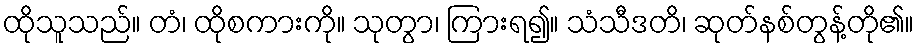
ထိုသူသည်။ တံ၊ ထိုစကားကို။ သုတွာ၊ ကြားရ၍။ သံသီဒတိ၊ ဆုတ်နစ်တွန့်တို၏။